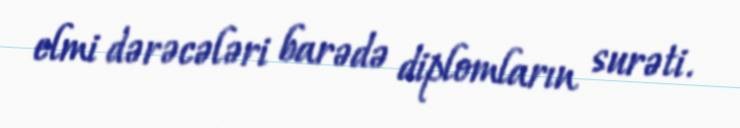
elmi dərəcələri barədə diplomların surəti.